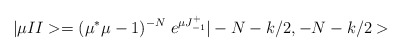
\begin{align*}|\mu II>=(\mu^*\mu-1)^{-N}\;e^{\mu J^+_{-1}}|-N-k/2, -N-k/2>\end{align*}